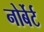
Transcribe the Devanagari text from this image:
नोर्बेर्ट